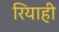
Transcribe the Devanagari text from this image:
रियाही